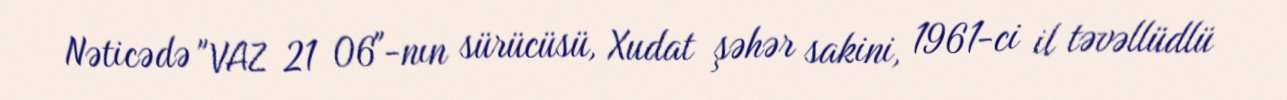
Nəticədə "VAZ 21 06"-nın sürücüsü, Xudat şəhər sakini, 1961-ci il təvəllüdlü